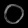
Digit: ၀